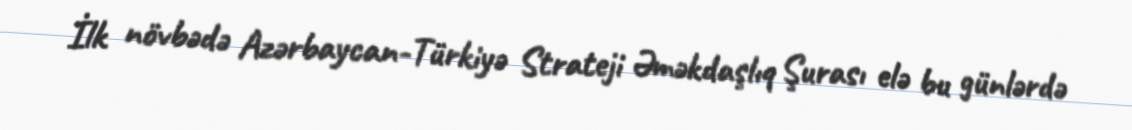
İlk növbədə Azərbaycan-Türkiyə Strateji Əməkdaşlıq Şurası elə bu günlərdə